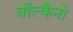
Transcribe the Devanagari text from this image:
वॉल्कैनो